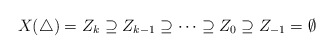
\begin{align*} X(\triangle) = Z_k\supseteq Z_{k-1}\supseteq \cdots\supseteq Z_{0}\supseteq Z_{-1} = \emptyset\end{align*}